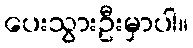
ပေးသွားဦးမှာပါ။